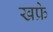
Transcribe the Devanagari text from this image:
खफ्रे